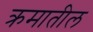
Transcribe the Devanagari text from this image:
क्रमातील